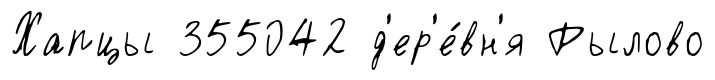
Хапцы 355042 д'ер'е́вн'я Рылово